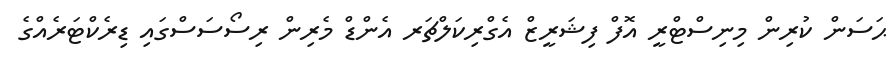
ޙަސަން ކުރިން މިނިސްޓްރީ އޮފް ފިޝަރީޒް އެގްރިކަލްޗަރ އެންޑް މެރިން ރިސޯސަސްގައި ޑިރެކްޓަރެއްގެ